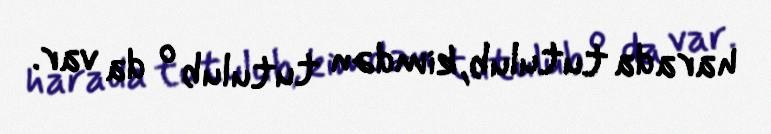
harada tutulub, kimdən tutulub o da var.